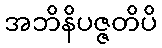
အဘိနိပဇ္ဇတိပိ